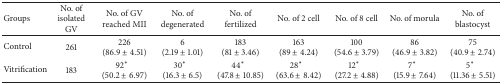
<table><thead><tr><td><b>Groups</b></td><td><b>No. of isolated GV</b></td><td><b>No. of GV reached MII</b></td><td><b>No. of degenerated</b></td><td><b>No. of fertilized</b></td><td><b>No. of 2 cell</b></td><td><b>No. of 8 cell</b></td><td><b>No. of morula</b></td><td><b>No. of blastocyst </b></td></tr></thead><tbody><tr><td>Control</td><td>261</td><td>226 (86.9 ± 4.51)</td><td>6 (2.19 ± 1.01)</td><td>183 (81 ± 3.46)</td><td>163 (89 ± 4.24)</td><td>100 (54.6 ± 3.79)</td><td>86 (46.9 ± 3.82)</td><td>75 (40.9 ± 2.74)</td></tr><tr><td>Vitrification</td><td>183</td><td>92* (50.2 ± 6.97)</td><td>30* (16.3 ± 6.5)</td><td>44* (47.8 ± 10.85)</td><td>28* (63.6 ± 8.42)</td><td>12* (27.2 ± 4.88)</td><td>7* (15.9 ± 7.64)</td><td>5* (11.36 ± 5.51)</td></tr></tbody></table>